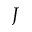
J